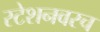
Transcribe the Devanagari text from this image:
स्टेशनवरच